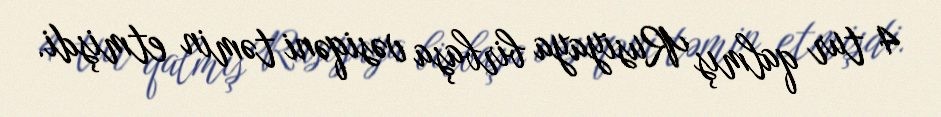
4 tur qalmış Rusiyaya birbaşa vəsiqəni təmin etmişdi.